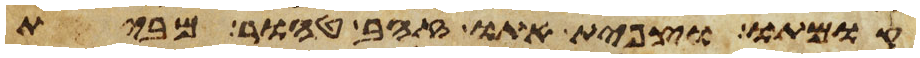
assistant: קומתו וצפית אתו זהב טהור מבית